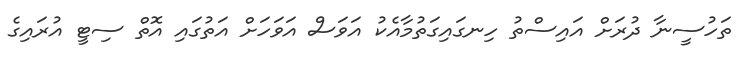
ތަހުސީނާ ދުރަށް އައިސްތު ހިނގައިގަތުމާއެކު އަވަސް އަވަހަށް އަތުގައި އޮތް ސިޓީ އުރައިގެ